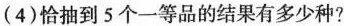
(4)恰抽到5个一等品的结果有多少种?